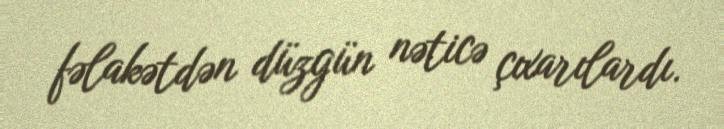
fəlakətdən düzgün nəticə çıxarılardı.